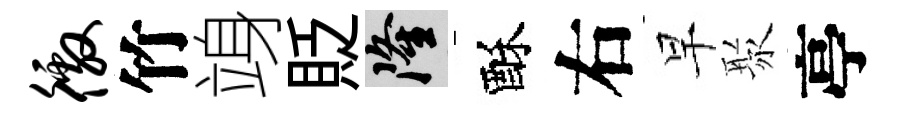
徼竹竧貶隆酥右早聚亭